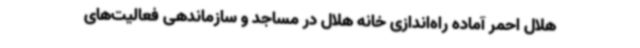
هلال احمر آماده راه‌اندازی خانه هلال در مساجد و سازماندهی فعالیت‌های